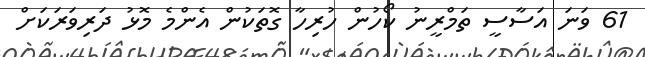
61 ވަނަ އަސާސީ ތަމްރީނު ކޯހުން ހުރިހާ ގޮތަކުން އެންމެ މޮޅު ދަރިވަރަކަށް